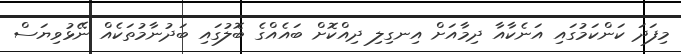
މިފަދަ ކަންކަމުގައި އަނެކާއާ ދިމާއަށް އިނގިލި ދިއްކޮށް ބައެއްގެ ބޮލުގައި ބަދުނާމުތަކެއް ނޭޅުވިޔަސް